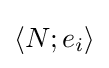
\left\langle N;e_{i}\right\rangle